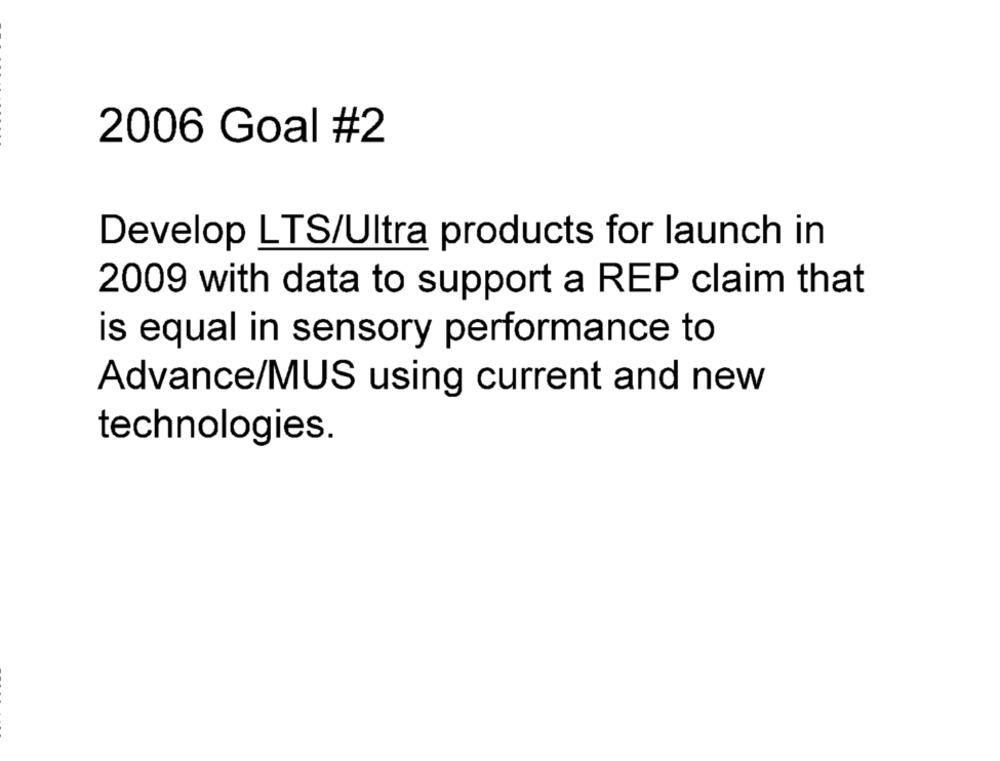
2006 Goal #2
Develop LTS/Ultra products for launch in
2009 with data to support a REP claim that
is equal in sensory performance to
Advance/MUS using current and new
technologies.